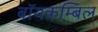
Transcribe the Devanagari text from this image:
बॉयकम्बिल